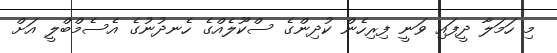
މި ހަމަލާ ދީފައި ވަނީ ފިރިހެން ކުދިންގެ ސްކޫލެއްގެ ހެނދުނުގެ އެސެމްބްލީ އަށް